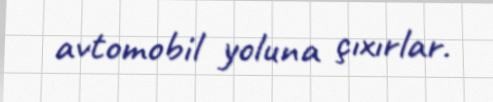
avtomobil yoluna çıxırlar.